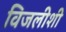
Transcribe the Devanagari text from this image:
विजलीशी